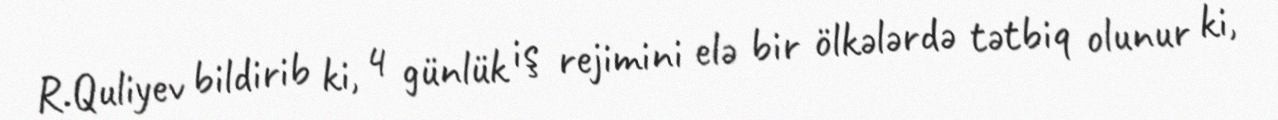
R.Quliyev bildirib ki, 4 günlük iş rejimini elə bir ölkələrdə tətbiq olunur ki,